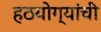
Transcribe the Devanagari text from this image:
हठयोग्यांची